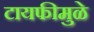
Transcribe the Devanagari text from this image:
टायफीमुळे